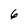
Character: 6